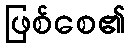
ဖြစ်စေ၏